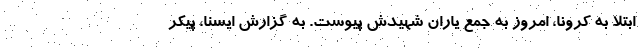
ابتلا به کرونا، امروز به جمع یاران‌ شهیدش پیوست. به گزارش ایسنا، پیکر